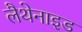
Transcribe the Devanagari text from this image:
लैथेनाइड